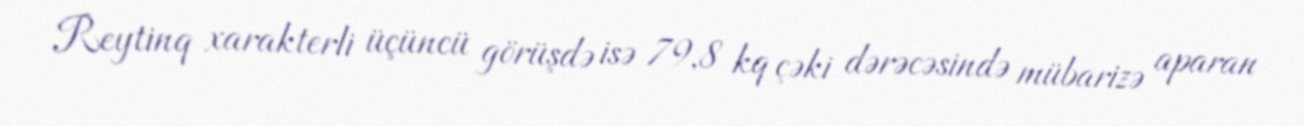
Reytinq xarakterli üçüncü görüşdə isə 79,8 kq çəki dərəcəsində mübarizə aparan